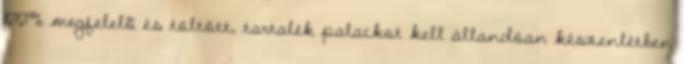
100% megfelelõ és töltött, tartalék palackot kell állandóan készenlétben